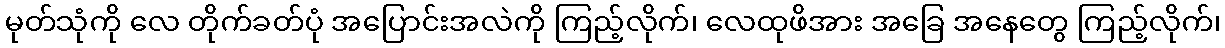
မုတ်သုံကို လေ တိုက်ခတ်ပုံ အပြောင်းအလဲကို ကြည့်လိုက်၊ လေထုဖိအား အခြေ အနေတွေ ကြည့်လိုက်၊